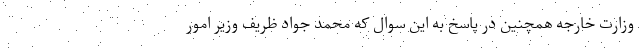
وزارت خارجه همچنین در پاسخ به این سوال که محمد جواد ظریف وزیر امور